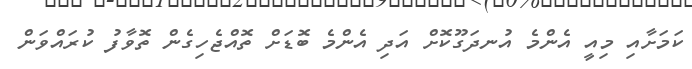
ކަމަށާއި މިއީ އެންމެ އުނދަގޫކޮށް އަދި އެންމެ ބޮޑަށް ތޮއްޖެހިގެން ތޮވާފު ކުރައްވަން